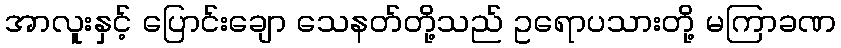
အာလူးနှင့် ပြောင်းချော သေနတ်တို့သည် ဥရောပသားတို့ မကြာခဏ